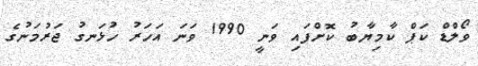
ވޯލްޑް ކަޕް ކާމިޔާބު ކޮށްފައި ވަނީ 1990 ވަނަ އަހަރު ހުޅަނގު ޖަރުމަނުގެ